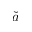
\breve { a }